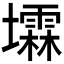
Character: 𪤰